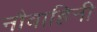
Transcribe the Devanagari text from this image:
नौवाहिनी